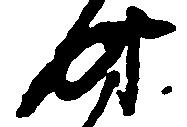
時